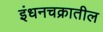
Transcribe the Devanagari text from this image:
इंधनचक्रातील